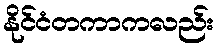
နိုင်ငံတကာကလည်း